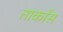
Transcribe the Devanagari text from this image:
तार्कास